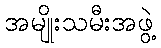
အမျိုးသမီးအဖွဲ့